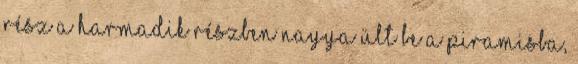
rész A harmadik részben Nayya ült be A Piramisba,